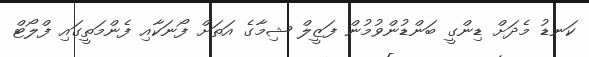
ކަނޑު މެދަށް ޑިންގީ ބަންޑުންވުމުން ފަޒީލް ޝިމާގެ އަތަށް ފޯނަކާއި ފެންމަތީގައި ފްލޯޓް